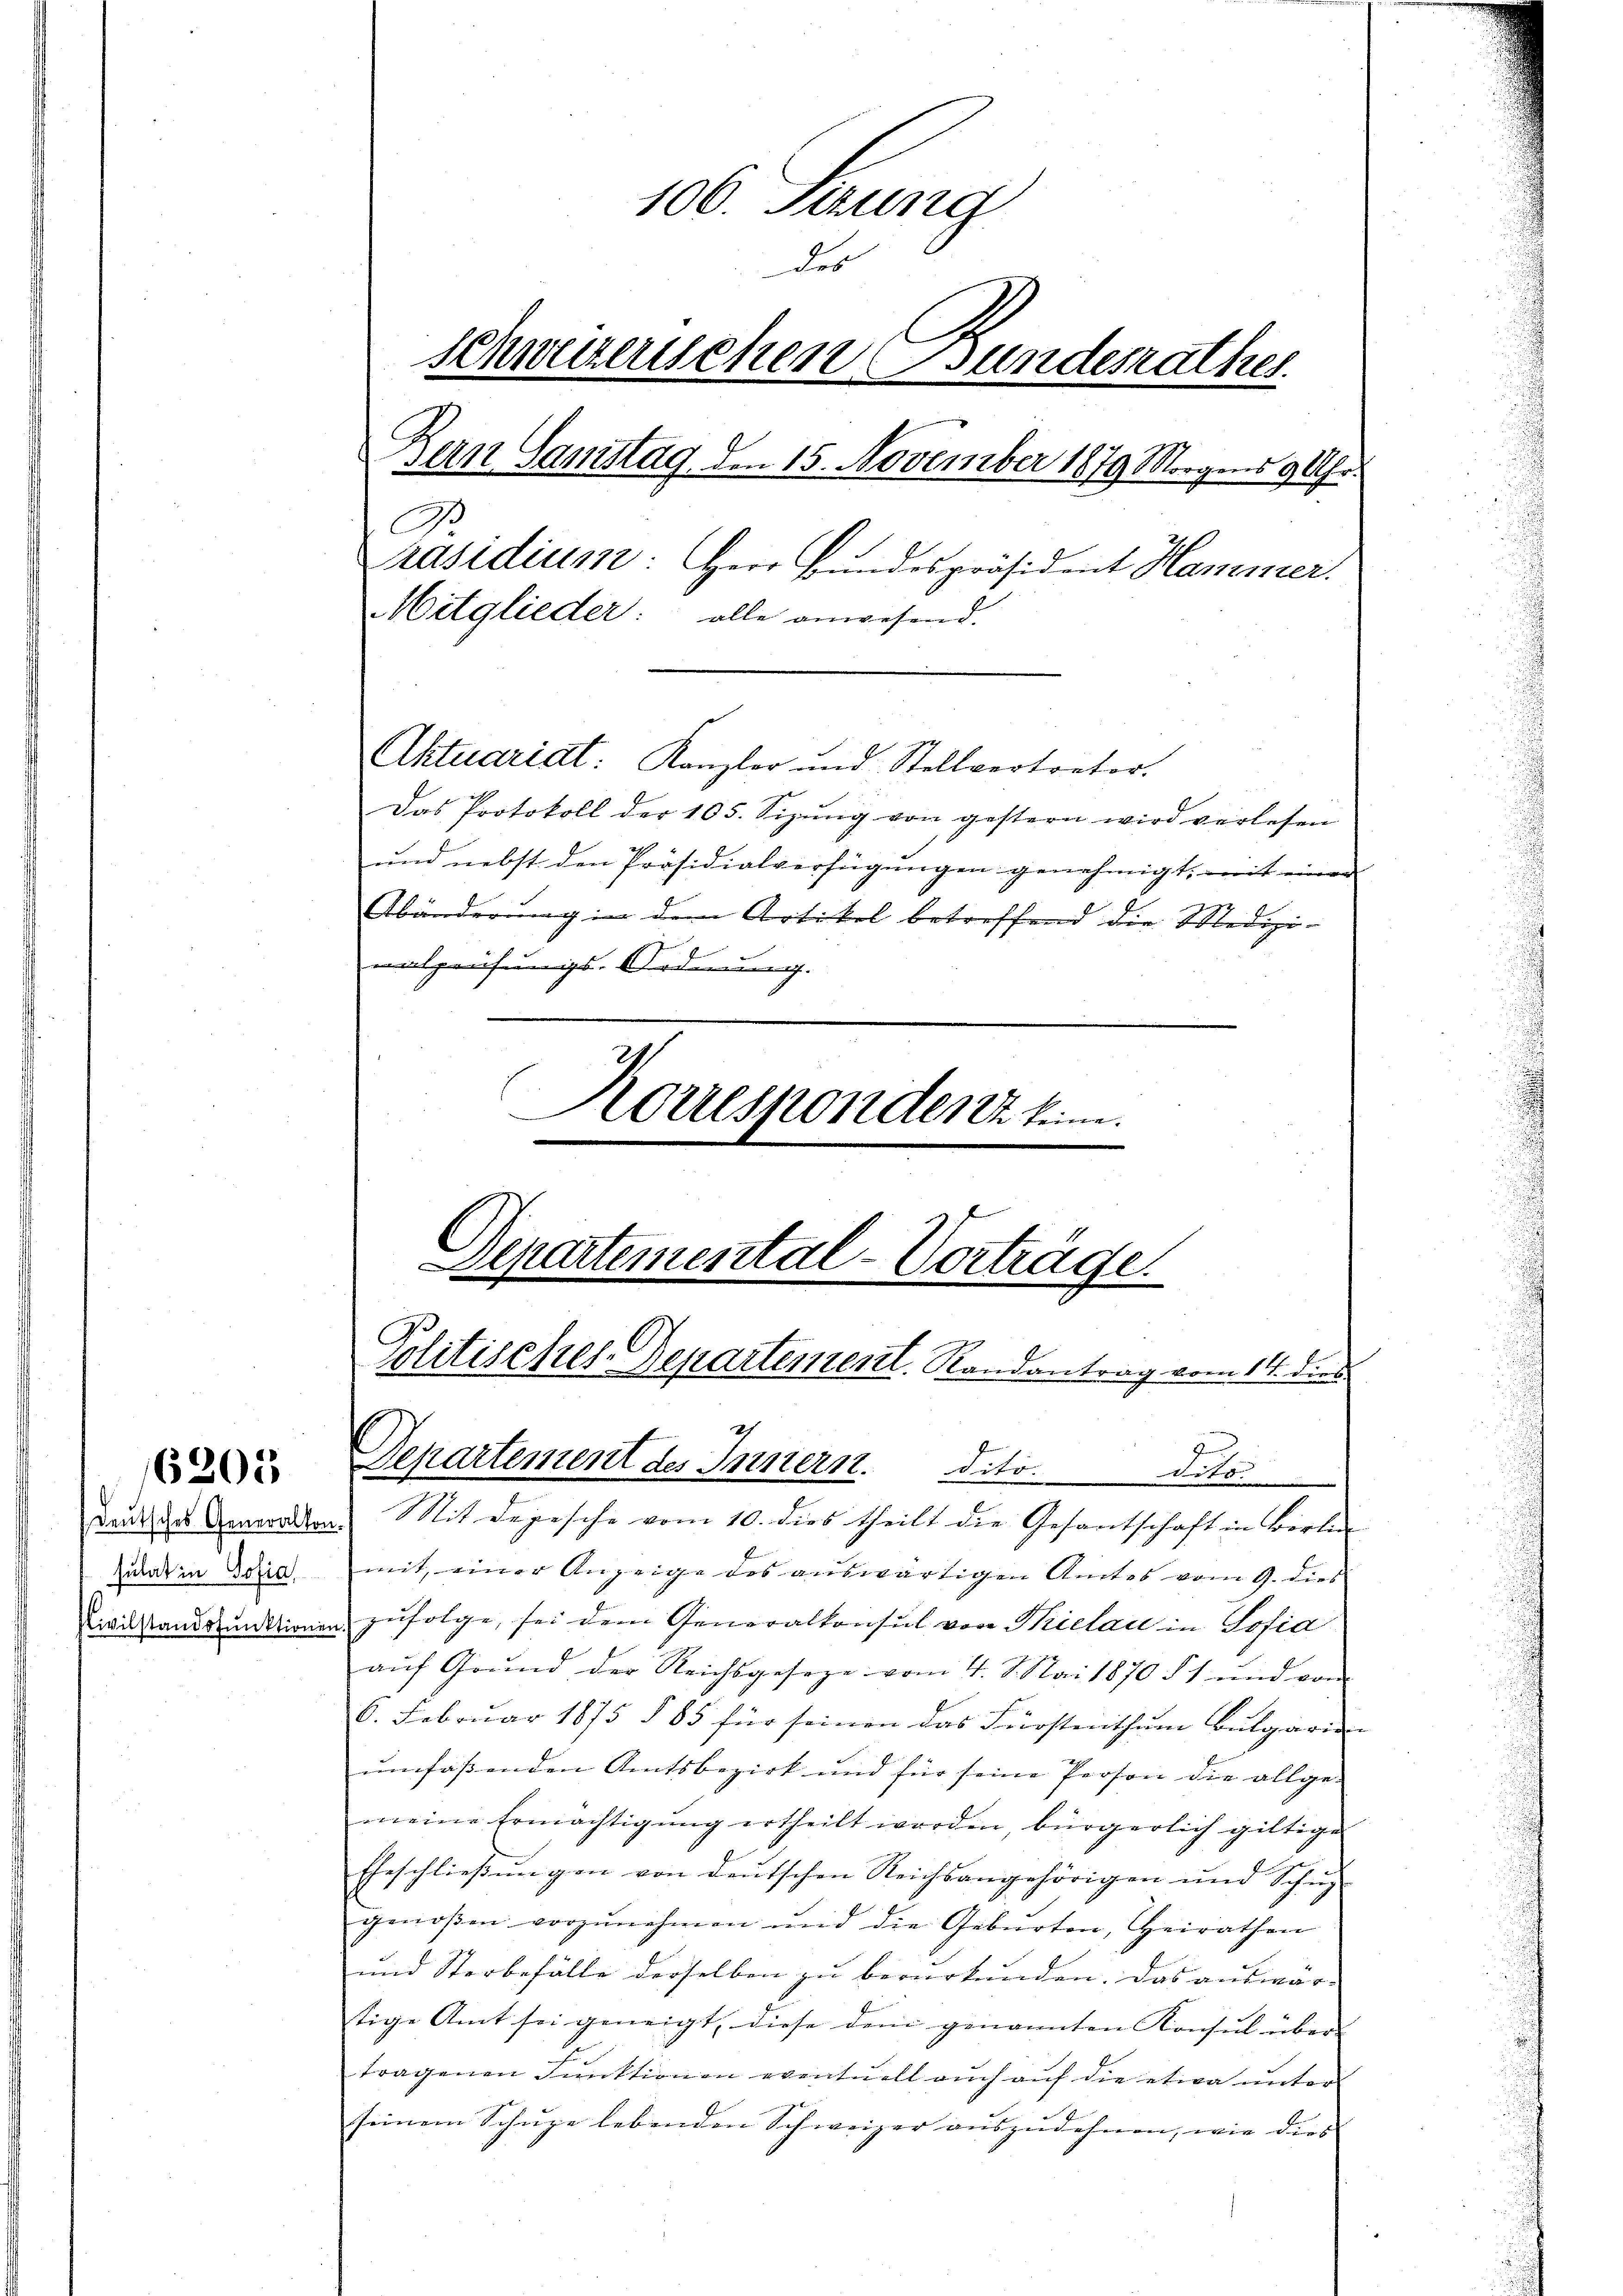
sulat in Sofia

6203

106. Sizung
des
schweizerischen Bundesrathes.
Bern Samstag, den 15. November 1879 Morgens 9 Uhr.
B
Präsidium: Herr Bundespräsident Hammer.
Mitglieder: alle anwesend.
Aktuariat: Kanzler und Stellvertrator.
Das Protokoll der 105. Sizŭng von gestern wird verlesen
und nebst den Präsidialverfügungen genehmigt, mit einer
Abänderung in dem Artikel betreffend die Mediziwalzeihungs-Ordnung.
orresponder kein

Departemental-Vorträge.
Politisches Departement. Randantrag vom 14. dies
J
Departement des Innern. Dito dito.
deutliche Anwalten. Mit Depesche vom 10. dies theilt die Gesantschaft in Berli

mit, einer Anzeige des auswärtigen Amtes vom 9. dies
Zivilstandpunktionen zufolge, sei dem Generalkonsul von Thielau in Josia
aŭf Grŭnd der Reichsgeseze vom 4. Mai 1870 § 1 und von
6. Februar 1875 § 85 für seinen das Fürstenthŭm bulgarin
umfaßenden Amtsbezirk und für seine Person die allge-
meine Ermächtigŭng ertheilt worden, bürgerlich giltige
Eheschlieβŭngen von deŭtschen Reichsangehörigen und Schüz
genoßen vorzŭnehmen und die Gebŭrten, Heirathen
und Sterbefälle derselben zu berurkunden. Das auswärtige Amt sei geneigt, diese dem genannten Konsul über
tragenen Funktionen eventuell auch auf die etwa unter
seinem Schupe lebenden Schweizer auszudehnen, wie dies